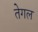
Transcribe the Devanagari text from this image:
तेगल